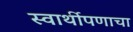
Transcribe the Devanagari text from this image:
स्वार्थीपणाचा